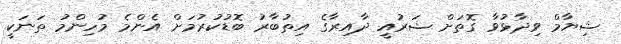
ޝިޔާމް ވިދާޅުވާ ގޮތަށް ޝަރުއީ ދާއިރާގެ އިތުބާރު ބޮޑުކުރުމަށް އެންމެ މުހިންމު ތަނަކީ